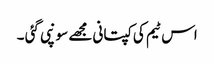
اس ٹیم کی کپتانی مجھے سونپی گئی ۔